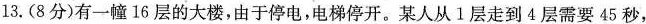
13.(8分)有一幢16层的大楼，由于停电，电梯停开。某人从Ⅰ层走到4层需要45秒，